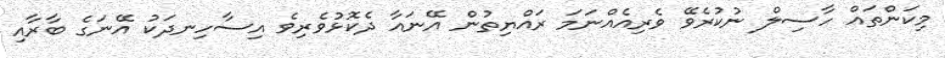
މިކަންތައް ހާސިލް ނުކުރެވޭ ވެރިއެއްނަމަ ރައްޔިތުން އޭނައާ ދެކޮޅުވެރިވެ އިސާހިނދަކު އޭނަގެ ބާރާއި